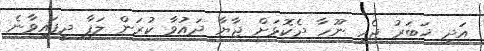
އަދި ޚަބަރު ޖެހި ނޫހާ ދެކޮޅަށް ޖާޔާ ދައުވާ ކުރަން ލަފާ ދީފައިވާނެ